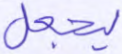
ليجعل